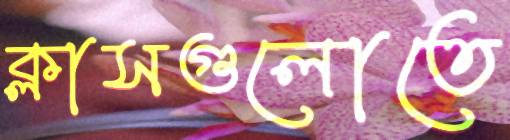
ক্লাসগুলোতে